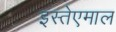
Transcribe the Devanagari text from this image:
इस्तेएमाल